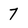
Character: 7